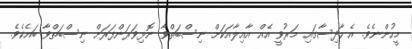
މީހުންނެވެ. އެ ހާދިސާގައި މަަރުވީ އެއް އާއިލާއަކަށް ނިސްބަތްވާ ނޮޅިވަރަންފަރަށް ނިސްބަތްވާ ބައެކެވެ.